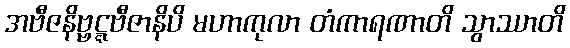
အဗီဇနိဗ္ဗဋ္ဋဗီဇာနိပိ မဟာကုလာ တံကာရဏာတိ သွာဿာတိ